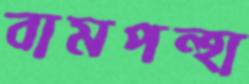
বামপন্হা